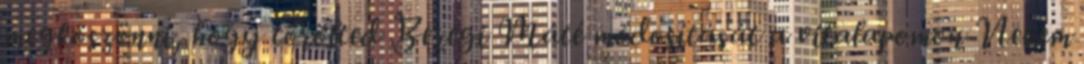
megköszönni, hogy törölted Beregi Máté módosítását a vitalapomon Nekem